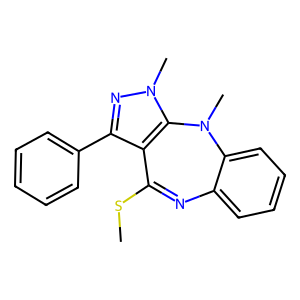
SMILES: CSC1=Nc2ccccc2N(C)c2c1c(-c1ccccc1)nn2C
Inhibits HIV replication: No